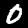
Label: 0